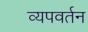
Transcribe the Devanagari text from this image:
व्यपवर्तन